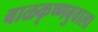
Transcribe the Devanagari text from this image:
बाळकृष्णबुवाला